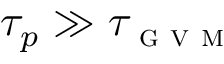
\tau _ { p } \gg \tau _ { \textsc { g v m } }